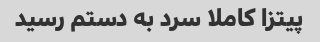
پیتزا کاملا سرد به دستم رسید